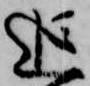
追